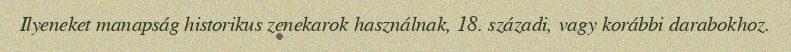
Ilyeneket manapság historikus zenekarok használnak, 18. századi, vagy korábbi darabokhoz.